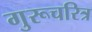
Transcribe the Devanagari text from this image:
गुरूचरित्र